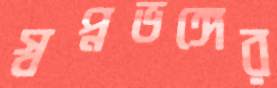
স্বপ্নভঙ্গের